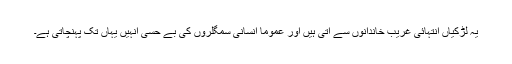
یہ لڑکیاں انتہائی غریب خاندانوں سے آتی ہیں اور عموماً انسانی سمگلروں کی بے حسی انہیں یہاں تک پہنچاتی ہے۔